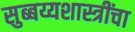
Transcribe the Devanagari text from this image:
सुब्बय्यशास्त्रींचा